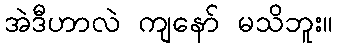
အဲဒီဟာလဲ ကျနော် မသိဘူး။